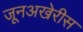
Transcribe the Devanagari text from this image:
जूनअखेरीस